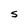
Character: S